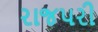
રાજપરી